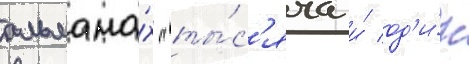
альмана́х "ты́с'яча и́ од'и́н